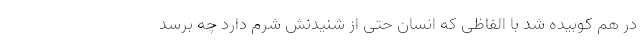
در هم کوبیده شد با الفاظی که انسان حتی از شنیدنش شرم دارد چه برسد